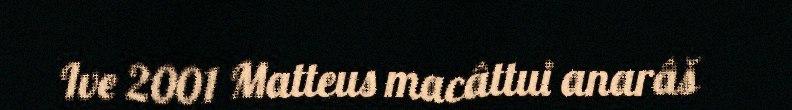
Ive 2001 Matteus macâttui anarâš